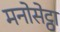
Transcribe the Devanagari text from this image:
मनोसेट्ठा